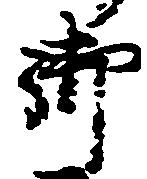
御